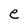
Character: e